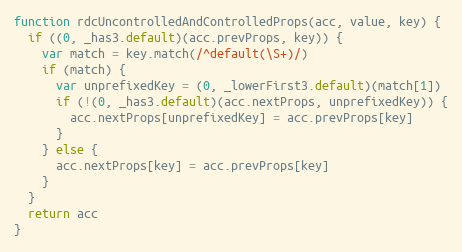
Language: JavaScript
function rdcUncontrolledAndControlledProps(acc, value, key) {
  if ((0, _has3.default)(acc.prevProps, key)) {
    var match = key.match(/^default(\S+)/)
    if (match) {
      var unprefixedKey = (0, _lowerFirst3.default)(match[1])
      if (!(0, _has3.default)(acc.nextProps, unprefixedKey)) {
        acc.nextProps[unprefixedKey] = acc.prevProps[key]
      }
    } else {
      acc.nextProps[key] = acc.prevProps[key]
    }
  }
  return acc
}